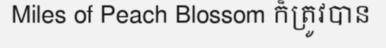
Miles of Peach Blossom ក៏ត្រូវបាន